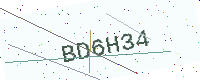
Text: BD6H34